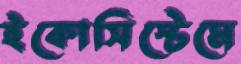
ইকোসিস্টেমে